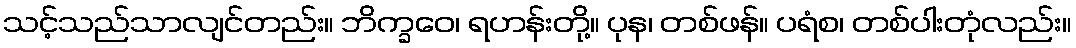
သင့်သည်သာလျင်တည်း။ ဘိက္ခဝေ၊ ရဟန်းတို့။ ပုန၊ တစ်ဖန်။ ပရံစ၊ တစ်ပါးတုံလည်း။